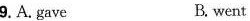
9.A.Gave B. went